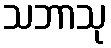
သဘာသု